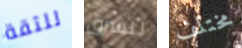
للثقة للشرق مختلف